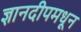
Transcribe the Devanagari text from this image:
ज्ञानदीपमधून